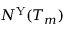
N ^ { \mathrm { Y } } ( T _ { m } )